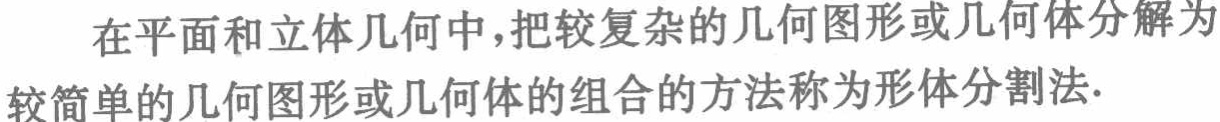
在平面和立体几何中，把较复杂的几何图形或几何体分解为较简单的几何图形或几何体的组合的方法称为形体分割法.